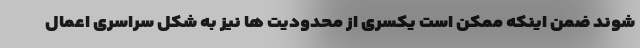
شوند ضمن اینکه ممکن است یکسری از محدودیت ها نیز به شکل سراسری اعمال